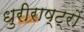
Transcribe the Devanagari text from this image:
धुरीराष्ट्रों